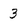
Character: 3